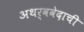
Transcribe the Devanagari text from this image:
अथर्ववेदाची